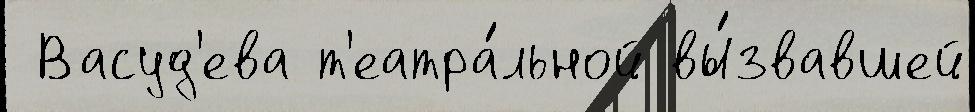
 Васуд'ева т'еатра́льной вы́звавшей